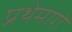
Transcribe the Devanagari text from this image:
प्रथेमागे